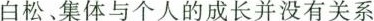
白松、集体与个人的成长并没有关系